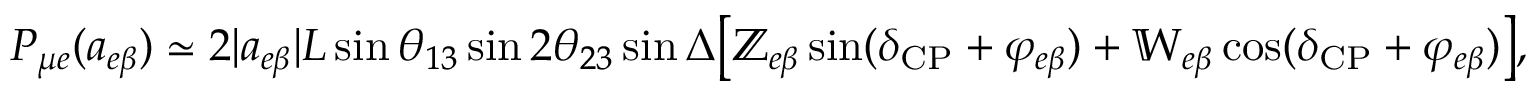
\begin{array} { r l } & { P _ { \mu e } ( a _ { e \beta } ) \simeq 2 | a _ { e \beta } | L \sin \ensuremath { \theta _ { 1 3 } } \sin 2 \ensuremath { \theta _ { 2 3 } } \sin \Delta \big [ \mathbb { Z } _ { e \beta } \sin ( \delta _ { \mathrm { C P } } + \varphi _ { e \beta } ) + \mathbb { W } _ { e \beta } \cos ( \delta _ { \mathrm { C P } } + \varphi _ { e \beta } ) \big ] , } \end{array}